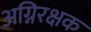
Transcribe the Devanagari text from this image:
अग्निरक्षक